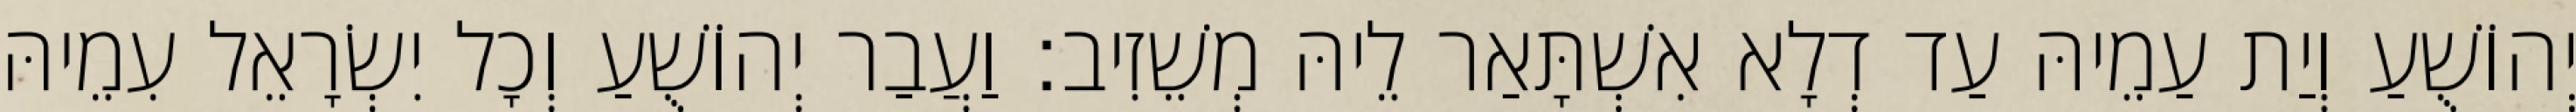
יְהוֹשֻׁעַ וְיַת עַמֵיהּ עַד דְלָא אִשְׁתָּאַר לֵיהּ מְשֵׁזִיב׃ וַעֲבַר יְהוֹשֻׁעַ וְכָל יִשְׂרָאֵל עִמֵיהּ